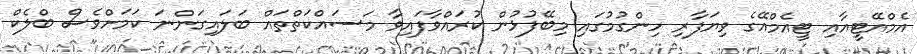
އެމްއޭޓީއާއި ޓީއެމްއޭގެ ވިޔަފާރި ހިންގުމުގައި މިބޭފުޅުން ކުރައްވާފައިވާ މަސައްކަތްތައް ބަލައިގަންނަ ކަމަށްވެސް ބްލެކް